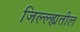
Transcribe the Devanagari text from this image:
जिल्ल्ह्यतील